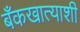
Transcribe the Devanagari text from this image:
बँकखात्याशी